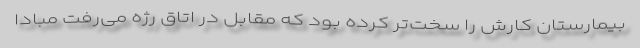
بیمارستان کارش را سخت‌تر کرده بود که مقابل در اتاق رژه می‌رفت مبادا